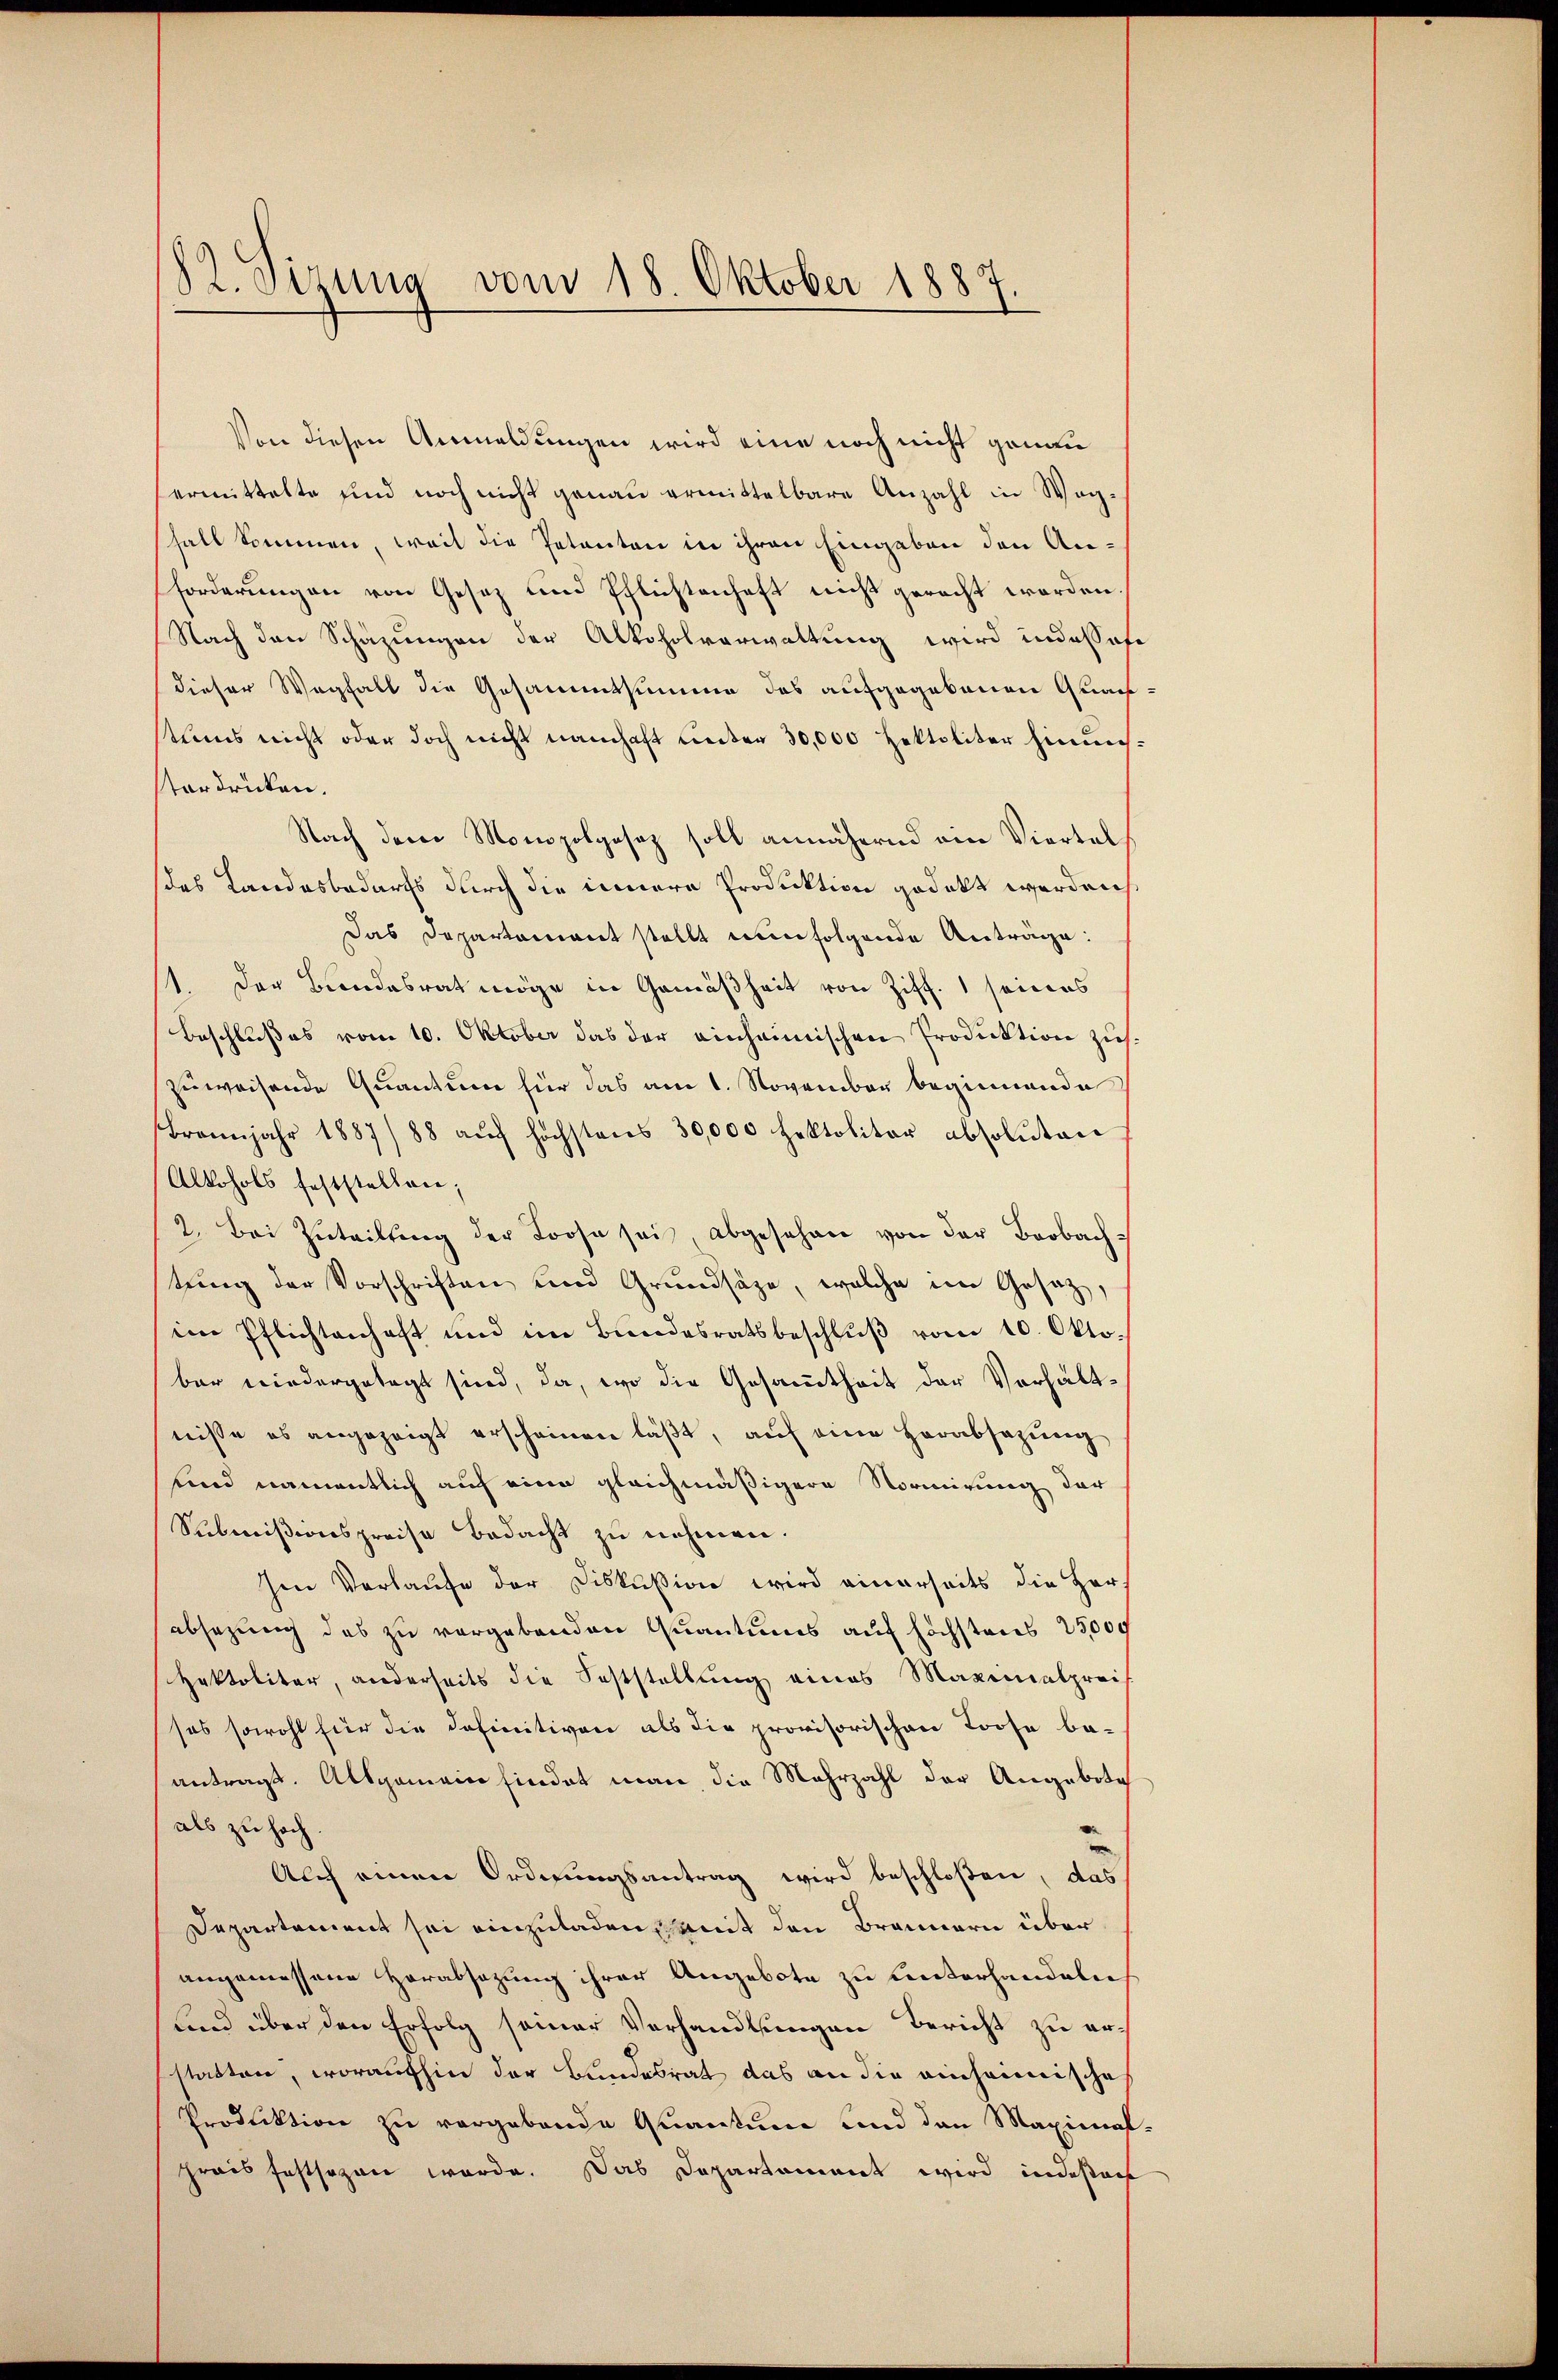
82. Sizung vom 18. Oktober 1887.

Von diesen Anmeldungen wird eine noch nicht genau
ermittelte sind noch nicht genau ermittelbare Anzahl in Waghall kommen, weil die Petenten in ihren Eingaben den An-
forderungen von Gesetz und Pflichtenhaft nicht geracht worden.
Nach den Schazungen der Alkoholverwaltung wird indessese
dieser Wegfall die Gesammtsumme des aufgegebenen Gnach
tums nicht oder doch nicht namhaft unter 30,000 Hektoliter hinausterdrücken.
Nach dem Monopolgesez soll annähernd ein Viertel
das Landesbedarfs durch die innere Produktion gedekt werden,
Das Departament stellt nun folgende Anträge:
1. Der Bundesrat möge in Gemäßheit von Ziff. 1 seines
Beschlußes vom 10. Oktober das der einheimischen Produktion zuszuweisende Quantum für das am 1. November beginnende
Brannjahr 1887/88 aŭf höchstens 30,000 hektolitor absoluten
Alkohols feststellen;
2. Bei Zuteilŭng der Loose sei abgesehen von der Beobachtung der Vorschriften und Grundsätze, welche im Gesatz,
im Pflichtenhaft und im Bŭndesratsbeschlŭβ vom 10. Oktobar wiedergetagt sind, da, wo die Gesamtheit der Verhältnisse es angezeigt erscheinen läßt, auf eine herabsazung
und namentlich auf eine gleichmäßigere Normirung der
Submissionspreise Bedacht zu nehmen.
Ien Verlaufe der Diskußion wird einerseits die Herz
absazung des zu vergebenden Quantums auf höchstens 25000
Hektolitar, anderseits die Feststellung eines Maximalpreis
sas sowohl für die Definitiven als die provisorischen Loose be-
antragt. Allgemeine findet man die Mehrzahl der Angebote
als zu hoch
Auch einen Ordnungsantrag wird beschloßen, das
Departement sei einzuladen mit den Brannern über
angemessene Herabsetzung ihrer Angebote zu unterhandeln
Lnd über den Erfolg seiner Verhandlungen Bericht zu erstatten, woraufhin der Bundesrat das an die einheimische
Produktion zu vergebende Quantum und den Maximal
prais festsezen werde. Das Departament wird indesach